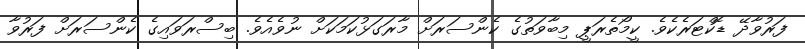
ފަރުވާދޭ ޑޮކްޓަރެކެވެ. ކީމޯތެރަޕީ މިބާވަތުގެ ކެންސަރަށް މާރަގަޅުކަމަކަށް ނުވެއެވެ. ބިސްރަވައިގެ ކެންސަރަށް ފަރުވާ